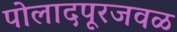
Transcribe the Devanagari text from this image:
पोलादपूरजवळ